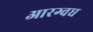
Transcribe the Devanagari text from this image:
आरग्वध